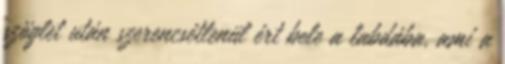
szöglet után szerencsétlenül ért bele a labdába, ami a